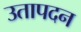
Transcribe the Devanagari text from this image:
उतापदन